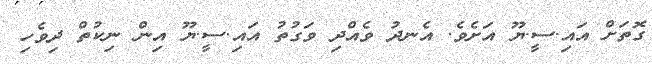
ގޮތަށް އައި.ސީ.ޔޫ އަށެވެ. އެނދު ވެއްދި ވަގުތު އައި.ސީ.ޔޫ އިން ނިކުތް ދިވެހި